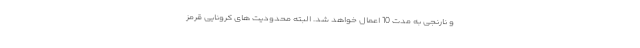
و نارنجی به مدت 10 اعمال خواهد شد. البته محدودیت های کروناییِ قرمز